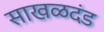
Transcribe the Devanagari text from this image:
साखळदंड